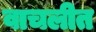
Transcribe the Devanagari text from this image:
वाचलीत